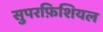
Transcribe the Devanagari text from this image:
सुपरफ़िशियल